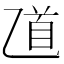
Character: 𠃺